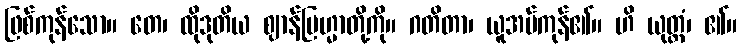
ဖြစ်ကုန်သော။ တေ၊ ထိုဒုတိယ ဈာန်ဗြဟ္မာတို့ကို။ ဂတိတာ၊ ယူအပ်ကုန်၏။ ဟိ ယုတ္တံ၊ ၏။